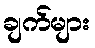
ချက်များ